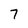
Character: 7